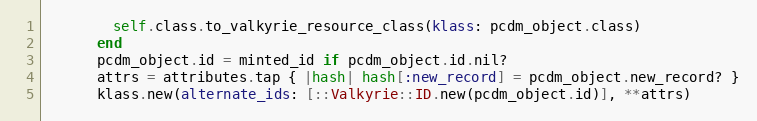
Language: Ruby
        self.class.to_valkyrie_resource_class(klass: pcdm_object.class)
      end
      pcdm_object.id = minted_id if pcdm_object.id.nil?
      attrs = attributes.tap { |hash| hash[:new_record] = pcdm_object.new_record? }
      klass.new(alternate_ids: [::Valkyrie::ID.new(pcdm_object.id)], **attrs)